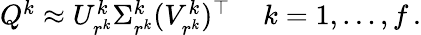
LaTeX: \begin{array}{r}{Q^{k}\approx U_{r^{k}}^{k}\Sigma_{r^{k}}^{k}(V_{r^{k}}^{k})^{\top}\, \quad k=1,\dots,f\, .}\end{array}